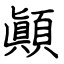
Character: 顚